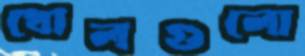
খোলগুলো